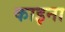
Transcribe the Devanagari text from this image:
काइना